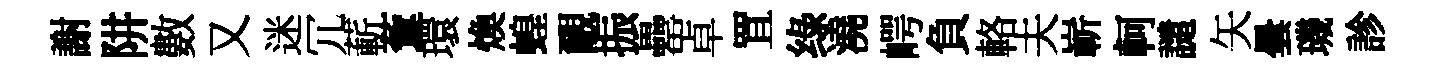
謝阱數又迷冗蔪藑環煥蝗覼振罍卓罝绿澆崿負輅夫嶄軻譴矢曇璣診